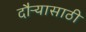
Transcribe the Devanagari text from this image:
दौऱ्यासाठी